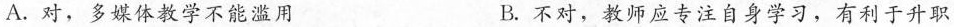
A.对，多媒体教学不能滥用 B.不对，教师应专注自身学习，有利于升职